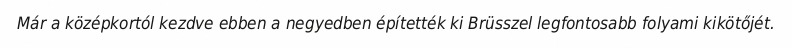
Már a középkortól kezdve ebben a negyedben építették ki Brüsszel legfontosabb folyami kikötőjét.